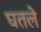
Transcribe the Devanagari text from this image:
घतले